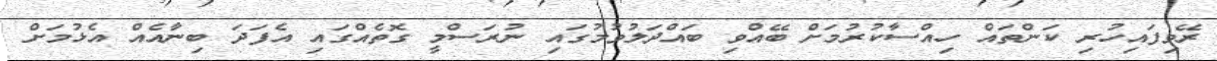
ރޭވިފައިހުރި ކަންތައް ހިއްސާކުރުމަށް ބޭއްވި ބައްދަލުވުމުގައި ނުރަސްމީ ގޮތެއްގައި އެފަދަ ބިނާއެއް އެޅުމަށް